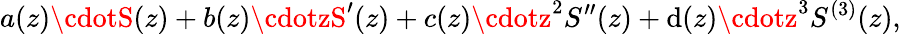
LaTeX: a(z)\cdotS(z)+b(z)\cdotzS^{\prime}(z)+c(z)\cdotz^{2}S^{\prime\prime}(z)+\mathrm{d}(z)\cdotz^{3}S^{(3)}(z),